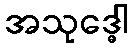
အသုဒ္ဓေါ